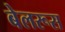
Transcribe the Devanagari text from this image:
बेलरूस